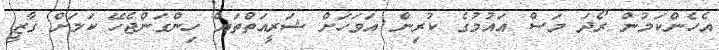
އެހެންކަމުން ރޯދަ މަސް އައުމުގެ ކުރިން އަވަހަށް ޝަރީއަތްތައް ހިންގަންޖެހޭ ކަމަށް ގާޒީ